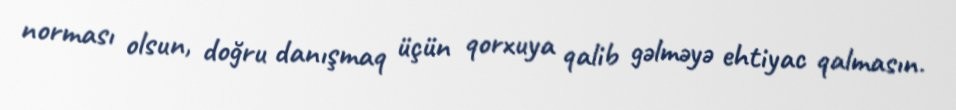
norması olsun, doğru danışmaq üçün qorxuya qalib gəlməyə ehtiyac qalmasın.